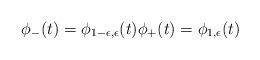
LaTeX: \begin{align*} \phi_{-}(t)=\phi_{1-\epsilon,\epsilon}(t) \phi_{+}(t)=\phi_{1,\epsilon}(t)\end{align*}